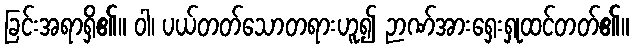
ခြင်းအရာရှိ၏။ ဝါ၊ ပယ်တတ်သောတရားဟူ၍ ဉာဏ်အားရှေးရှုထင်တတ်၏။